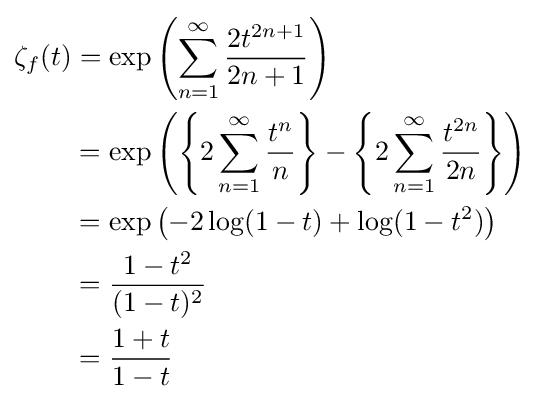
{\begin{aligned}\zeta _{f}(t)&=\exp \left(\sum _{n=1}^{\infty }{\frac {2t^{2n+1}}{2n+1}}\right)\\&=\exp \left(\left\{2\sum _{n=1}^{\infty }{\frac {t^{n}}{n}}\right\}-\left\{2\sum _{n=1}^{\infty }{\frac {t^{2n}}{2n}}\right\}\right)\\&=\exp \left(-2\log(1-t)+\log(1-t^{2})\right)\\&={\frac {1-t^{2}}{(1-t)^{2}}}\\&={\frac {1+t}{1-t}}\end{aligned}}